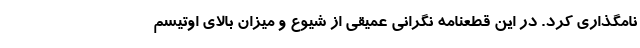
نامگذاری کرد. در این قطعنامه نگرانی عمیقی از شیوع و میزان بالای اوتیسم